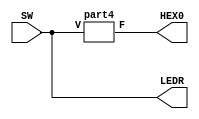
module lab1_part4_1(SW,HEX0,LEDR);
input [1:0] SW;
output [1:0] LEDR;
output [6:0] HEX0;
part4 bit0 (HEX0, SW);
assign LEDR = SW;
endmodule 

module part4 (F,V);
input [1:0] V;
output [6:0] F;
assign F[0]=~V[0];
assign F[1]=(V[0] & ~V[1]);
assign F[2]=(V[0] & ~V[1]);
assign F[3]=(~V[0] & V[1]);
assign F[4]=(~V[0] & V[1]);
assign F[5]=(~V[0]);
assign F[6]=(~V[0] & V[1]);
endmodule

module lab1_part3b(SW,LEDR,LEDG);
input [9:0] SW;

output [9:0] LEDR;
output [7:0] LEDG;
wire [1:0] M;

mux2to1_2b bit2(SW[9], SW[1:0], SW[3:2], M[1:0]);
mux2to1_2b bit3(SW[8], M[1:0], SW[5:4], LEDG[1:0]);

endmodule

module mux2to1_2b(S,X,Y,M);
input [1:0]X,Y;
input S;
output [1:0]M;
mux2to1 bit0(S, X[0], Y[0], M[0]);
mux2to1 bit1(S, X[1], Y[1], M[1]);

endmodule 

module mux2to1(s,x,y,m);
input s,x,y;
output m;
assign m = (~s & x)|(s & y);

endmodule